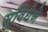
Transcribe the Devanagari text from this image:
सुविधेने